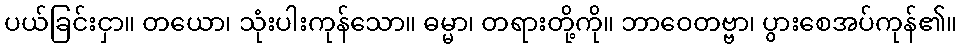
ပယ်ခြင်းငှာ။ တယော၊ သုံးပါးကုန်သော။ ဓမ္မာ၊ တရားတို့ကို။ ဘာဝေတဗ္ဗာ၊ ပွားစေအပ်ကုန်၏။